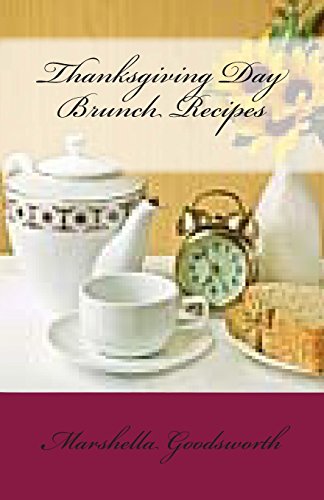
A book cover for Thanksgiving Day Brunch Recipes; Marshella Goodsworth; Cookbooks, Food & Wine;